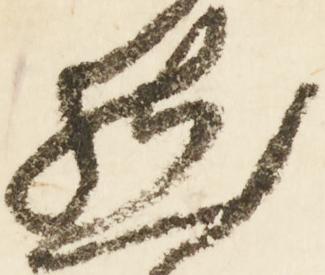
然